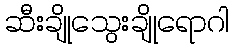
ဆီးချိုသွေးချိုရောဂါ